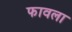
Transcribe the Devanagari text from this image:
फावला